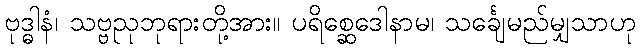
ဗုဒ္ဓါနံ၊ သဗ္ဗညုဘုရားတို့အား။ ပရိစ္ဆေဒေါနာမ၊ သင်္ချေမည်မျှသာဟု